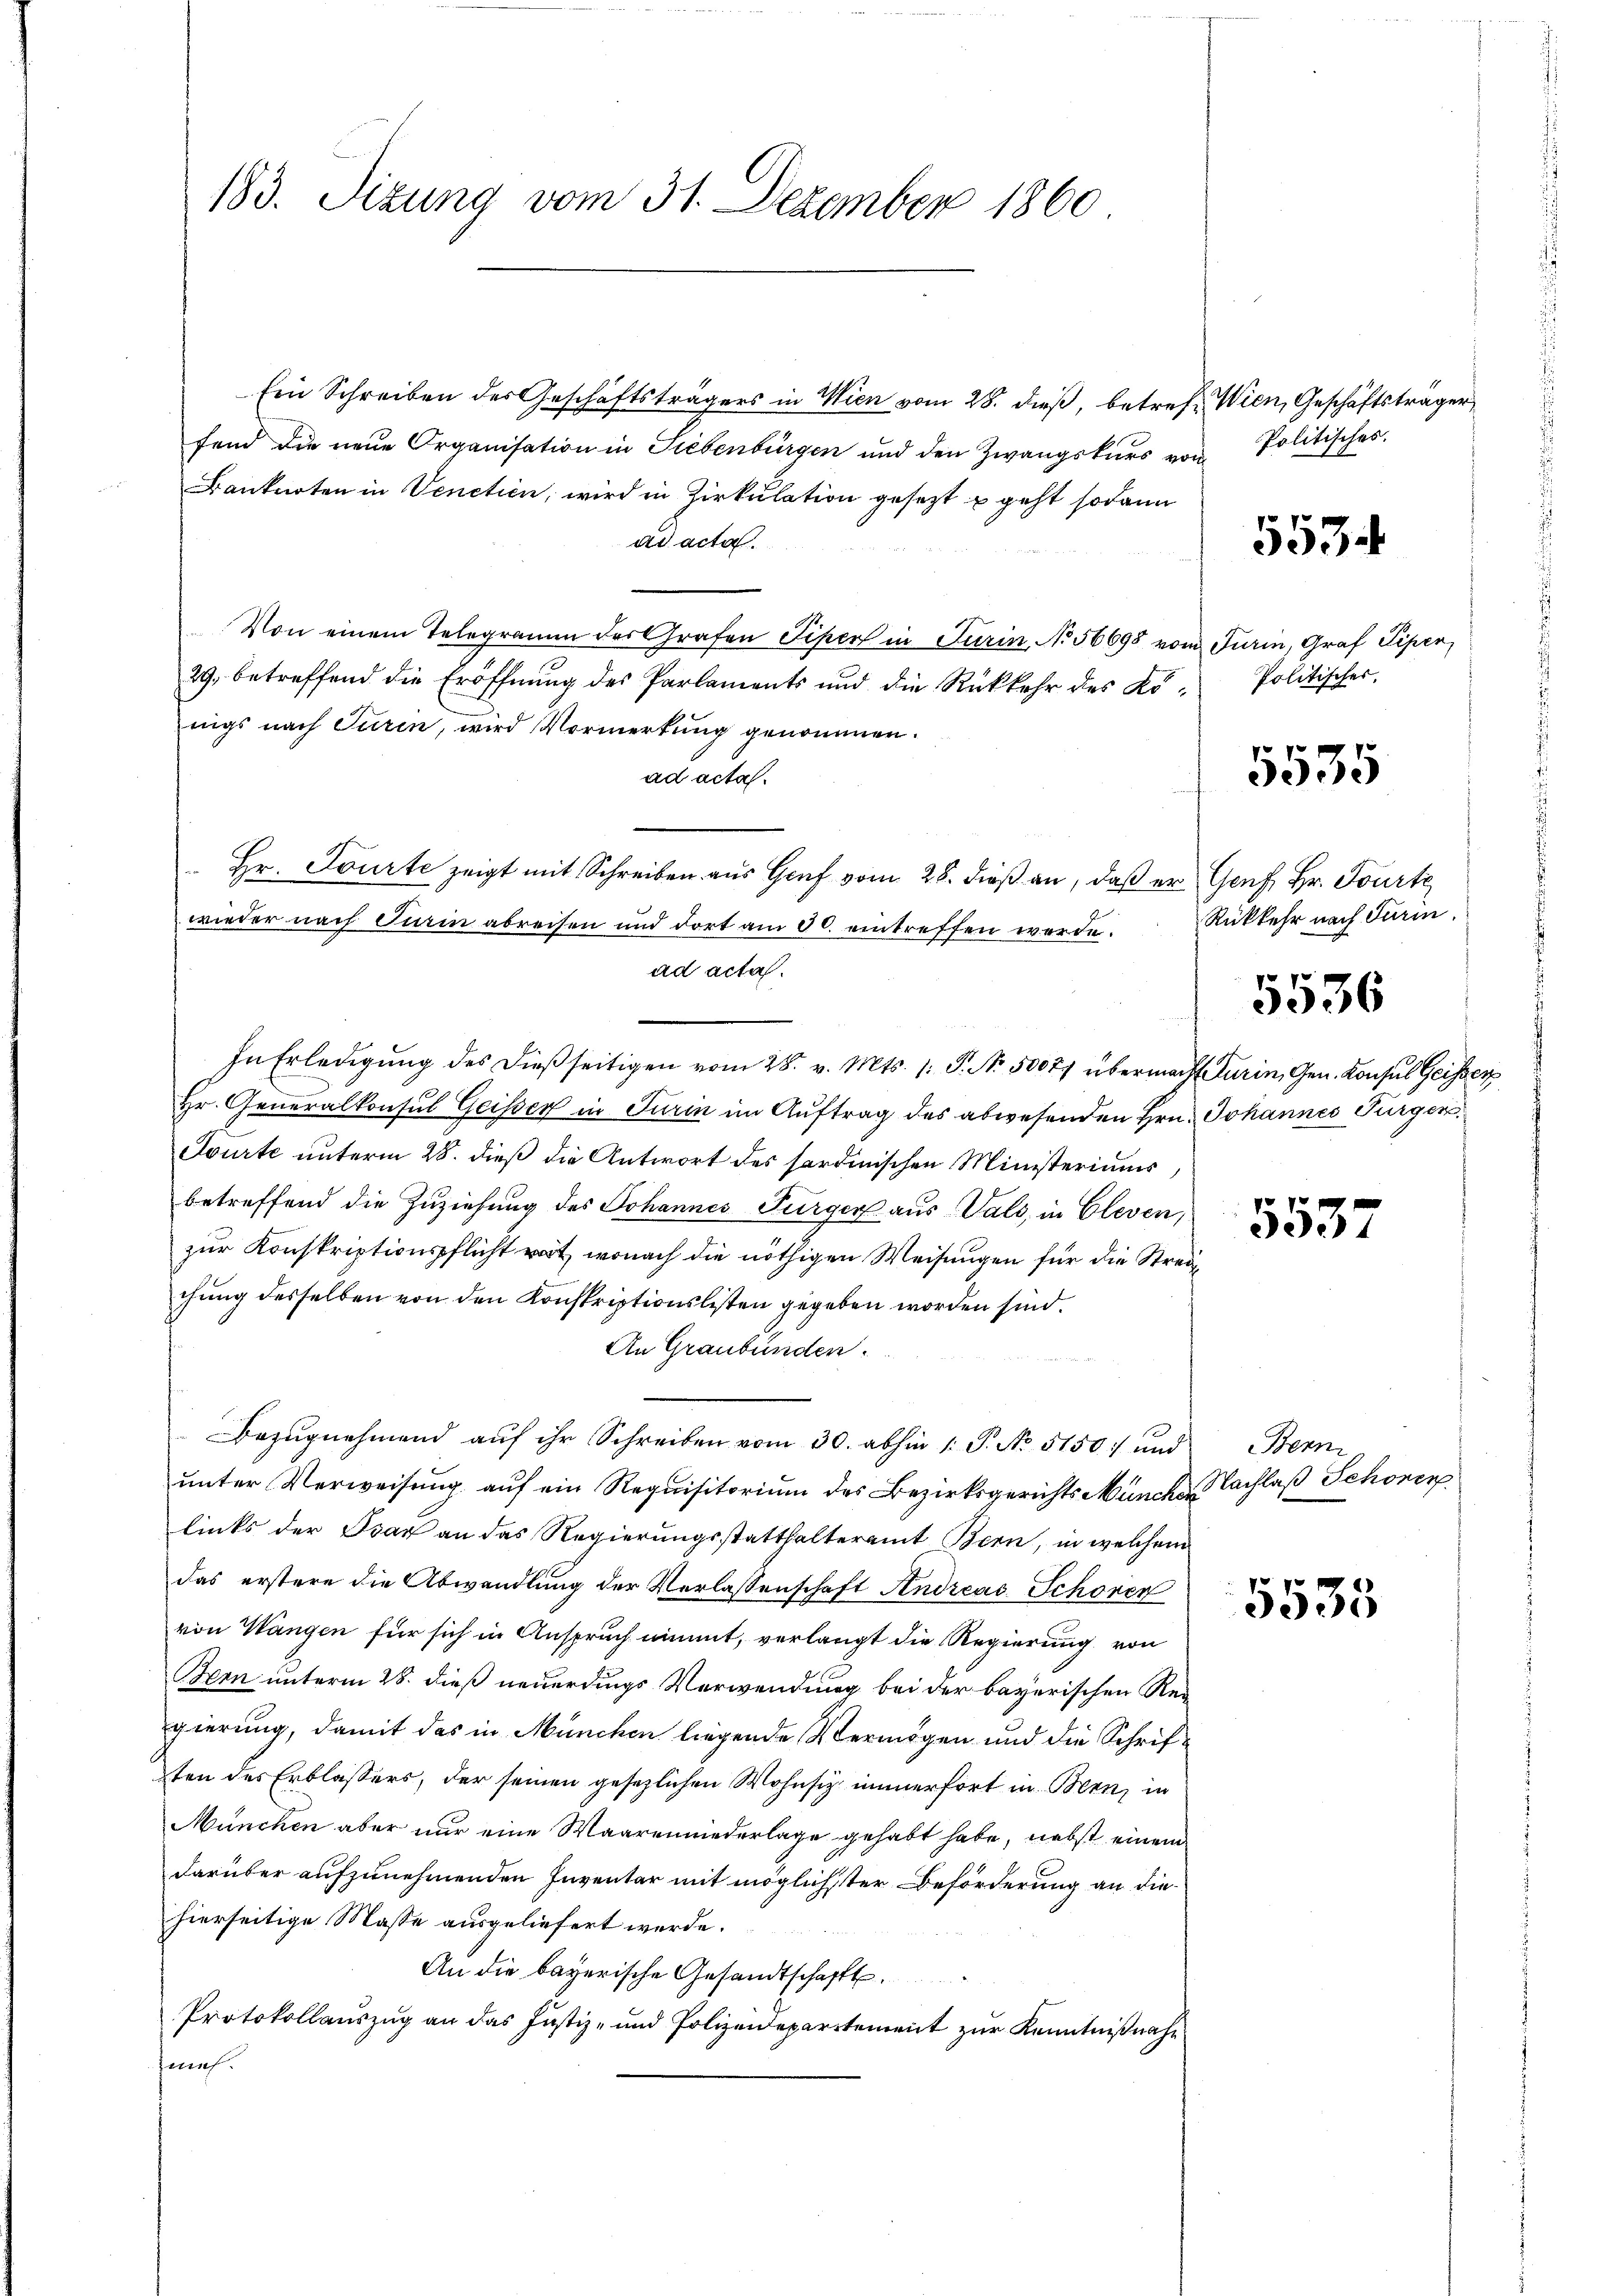
183. Sizung vom 31. Dezember 1860

Ein Schreiben des Geschäftsträgers in Wien vom 28. dieß, betreff Wien, Geschäftsträger
fend die neue Organisation in Siebenbürgen und den Zwangskurs von
Banknoten in Venetien, wird in Zirkulation gesetzt u geht sodann
ad acta.
Von einem Telegramm der Grafen Piper in Turin, No 56698 vom Turin, Graf Piper,
29. betreffend die Eröffnŭng des Parlaments und die Rückkehr des Ko- Politischer,
nigs nach Turin, wird Vormerkung genommen.
ad acta.
Hr. Tourte zeigt mit Schreiben aus Graf vom 28. dieß an, daß er Genf, Hr. Tourte
wieder nach Turin abreisen und dort am 30. eintreffen werde.
ad acta.
In Erledigŭng des dieβ seitigen vom 28. v. Mts. 1. P. Nr. 50074 übermacht Turin, Gen. Konsul Geisser
Hr. Generalkonsul Geiser in Turin im Auftrag des abwesenden Hrn. Johannes Turger,
Sourte unterm 28. dieß die Antwort des sordinischen Ministeriums
betreffend die Zuziehung des Johannes Turger aus Vals, in Cleven
zur Konskriptionspflicht rot, wonach die nöthigen Weisungen für die Streichung desselben von den Konskriptionslisten gegeben worden sind.
An Graubünden.
Bezŭgnehmend aŭf ihr Schreiben vom 30. abhin 1. P. No. 5150) und
unter Verweisung auf ein Requisitorium des Bezirksgerichts Münche Nachlaß Schönen
links der Bsar an das Regierungsstatthalteramt Bern, in welchem
das erstere die Abwandlung der Verlassenschaft Andreas Schöner
von Wangen für sich in Anspruch nimmt, verlangt die Regierung von
Bern unterm 28. dieß neuerdings Verwendung bei der bayerischen Reigierung, damit das in München liegende Vermögen und die Schriften des Erblassers, der seinen gesezlichen Wohnsiz inner fort in Bern, in
München aber nur eine Waarenwederlage gehabt habe, nebst einem
darüber aufzunehmenden Inventar mit möglichster Beförderung an die
hierseitige Masse ausgeliefert werde.
An die bayerische Gesandtschaft.
Protokollauszug an das Justiz- und Polizeidepartement zur Kenntnißnahe
zmeh.

Politisches.

553

5535

Rükkehr nach Turin.

5536

553.

Bern

5535